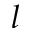
l